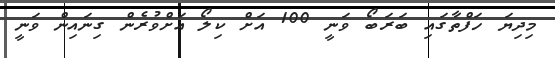
މިދިޔަ ހަފްތާގައި ބަރަބޯ ވަނީ 100 އަށް ކިލޯ އަށްވުރެން ގިނައިން ވަނީ